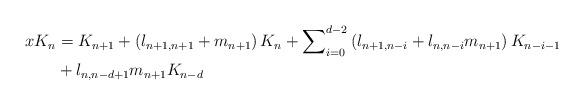
LaTeX: \begin{align*}xK_{n} & =K_{n+1}+\left( l_{n+1,n+1}+m_{n+1}\right) K_{n}+\sum\nolimits_{i=0}^{d-2}\left( l_{n+1,n-i}+l_{n,n-i}m_{n+1}\right)K_{n-i-1}\\&+l_{n,n-d+1}m_{n+1}K_{n-d}\end{align*}